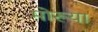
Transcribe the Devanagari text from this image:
मोरूया